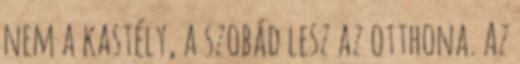
nem a kastély, a szobád lesz az otthona. Az